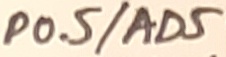
Text: P0.5/AD5